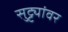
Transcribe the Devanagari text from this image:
सुट्ट्यांवर